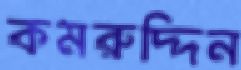
কমরুদ্দিন